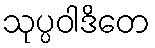
သုပ္ပဝါဒိတေ